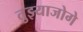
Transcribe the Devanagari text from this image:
तुझ्याजोगे